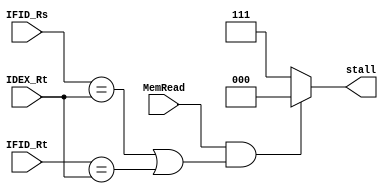
module HazardDetectUnit(
    input MemRead,
    input wire [4:0] IFID_Rs, IFID_Rt, IDEX_Rt,
    output reg [2:0] stall
    );
    always @(*) 
    stall = (MemRead & ((IFID_Rs == IDEX_Rt)|(IFID_Rt == IDEX_Rt))) ? 3'b000 : 3'b111;
    
endmodule